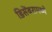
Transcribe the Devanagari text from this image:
डिसेंबरामध्ये